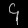
Digit: ၄